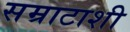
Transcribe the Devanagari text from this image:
सम्राटाशी